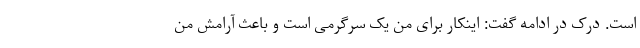
است. درک در ادامه گفت: اینکار برای من یک سرگرمی است و باعث آرامش من